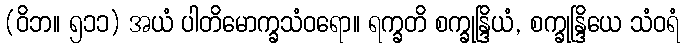
(ဝိဘ။ ၅၁၁) အယံ ပါတိမောက္ခသံဝရော။ ရက္ခတိ စက္ခုန္ဒြိယံ, စက္ခုန္ဒြိယေ သံဝရံ